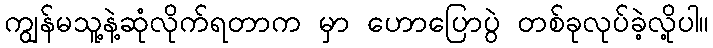
ကျွန်မသူ့နဲ့ဆုံလိုက်ရတာက မှာ ဟောပြောပွဲ တစ်ခုလုပ်ခဲ့လို့ပါ။